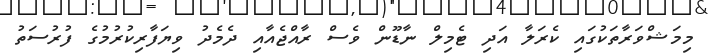
މިމަޝްވަރާތަކުގައި ކެރަލާ އަދި ޓެމިލް ނާޑޫން ވެސް ރާއްޖެއާއި ދެެމެދު ވިޔަފާރިކުރުމުގެ ފުރުސަތު